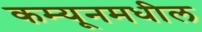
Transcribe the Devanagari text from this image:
कम्यूनमधील